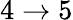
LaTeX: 4\to 5